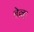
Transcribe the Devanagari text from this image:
बेल्ला